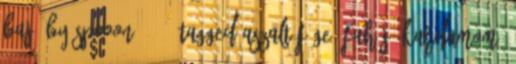
baj. by Spooon 1.2.3 tagged aszalt füge, fahéj, kardamom,